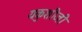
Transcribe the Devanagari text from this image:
यकुशीजी